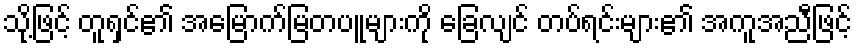
သို့ဖြင့် တူရှင်၏ အမြောက်မြတပူများကို ခြေလျင် တပ်ရင်းများ၏ အကူအညီဖြင့်